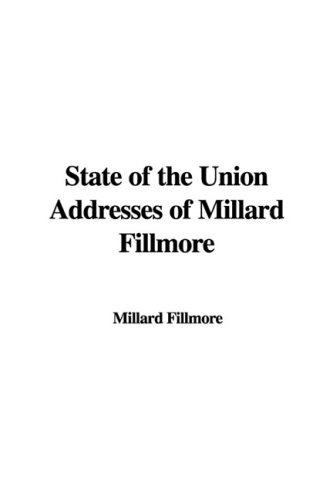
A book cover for State of the Union Addresses of Millard Fillmore; Millard Fillmore; Crafts, Hobbies & Home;